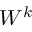
W ^ { k }